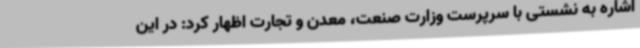
اشاره به نشستی با سرپرست وزارت صنعت، معدن و تجارت اظهار کرد: در این